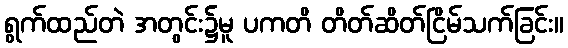
ရွက်ထည်တဲ အတွင်း၌မူ ပကတိ တိတ်ဆိတ်ငြိမ်သက်ခြင်း။